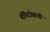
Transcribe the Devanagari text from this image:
मॅनिटोबाची